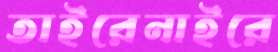
তাইরেনাইরে